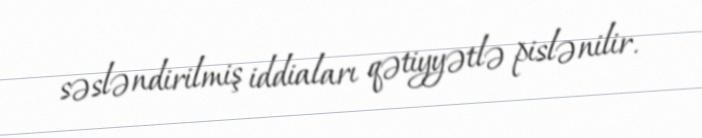
səsləndirilmiş iddiaları qətiyyətlə pislənilir.